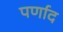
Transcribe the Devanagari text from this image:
पर्णाद